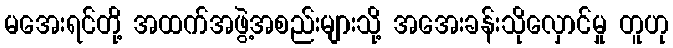
မအေးရင်တို့ အထက်အဖွဲ့အစည်းများသို့ အအေးခန်းသိုလှောင်မှု တူဟု